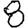
Digit: 8